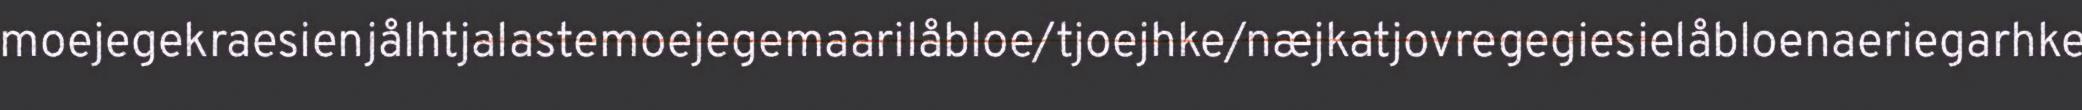
moejegekraesienjålhtjalastemoejegemaarilåbloe/tjoejhke/næjkatjovregegiesielåbloenaeriegarhke